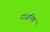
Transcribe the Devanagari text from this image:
राजनिष